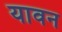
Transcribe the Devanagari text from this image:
यावन